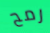
رمح